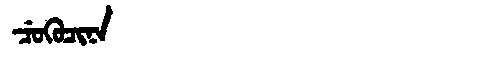
Manchu: ᠴᡠᡴᡠᠴᡳᠨᠠ
Romanization: CUKUCINA